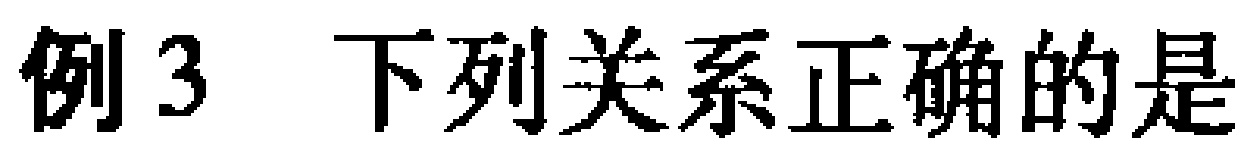
例3 下列关系正确的是